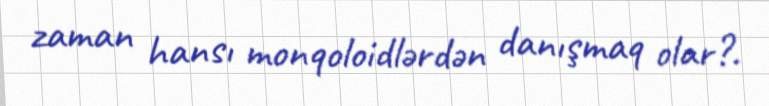
zaman hansı monqoloidlərdən danışmaq olar?.